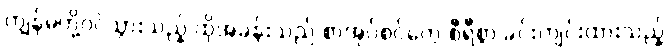
ကျွန်မတို့ဝင်သွားသည့် ထိုအခန်းသည် စာအုပ်စင်တွေ စီရီစွာ ခင်းကျင်းထားသည့်